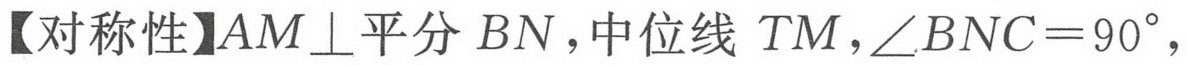
【对称性】\(AM\perp\)平分 \(BN\)，中位线 \(TM\)，\(\angle BNC = 90^{\circ}\)，